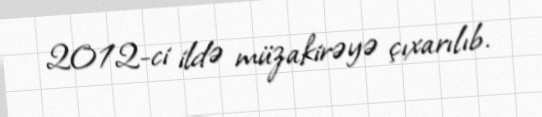
2012-ci ildə müzakirəyə çıxarılıb.